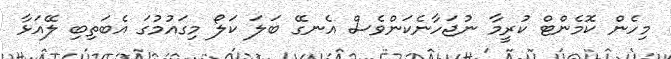
މިހެން ކޮމެންޓް ކުރީމާ ނުޖަހާނެކަންވެސް އެނގޭ ބަލަ ކަލޯ މިގައުމުގަ އެބަތިބި ލޭއަޅާ